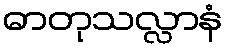
ဓာတုသလ္လာနံ